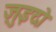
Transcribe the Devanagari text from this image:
ज़ुइदो